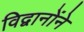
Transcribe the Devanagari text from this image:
विद्वानोंने